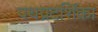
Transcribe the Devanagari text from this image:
पथप्रदर्शिका